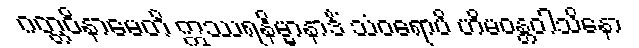
ဂတ္တဝိနာမေတိ ဣဿရနိမ္မာနာဒိံ သံဝရောပိ ဟိမဝန္တဝါသိနော